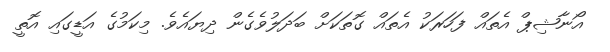
އޯނާޝިޕް އެތައް ފަހަރަކު އެތައް ގޮތަކަށް ބަދަލުވެގެން ދިޔައެވެ. މިކަމުގެ އަޑީގައި އޮތީ